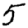
Digit: 5